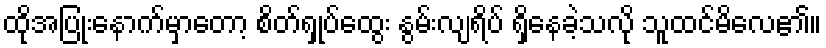
ထိုအပြုံးနောက်မှာတော့ စိတ်ရှုပ်ထွေး နွမ်းလျရိပ် ရှိနေခဲ့သလို သူထင်မိလေ၏။